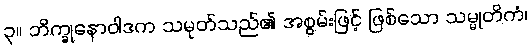
၃။ ဘိက္ခုနောဝါဒက သမုတ်သည်၏ အစွမ်းဖြင့် ဖြစ်သော သမ္မုတိကံ၊